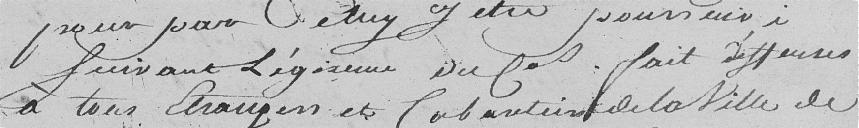
pour       y être poursuivi     suivant régisseur du général,           à tous étrangers et       de la ville de